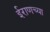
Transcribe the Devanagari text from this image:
ईराणच्या